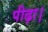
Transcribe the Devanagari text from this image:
पीढ़ा।